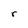
Character: r